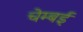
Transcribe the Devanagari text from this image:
चेम्बई